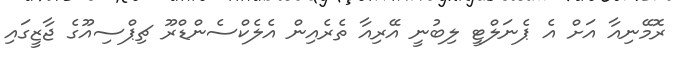
ރޮމޭނިއާ އަށް އެ ޕެނަލްޓީ ލިބުނީ އޭރިއާ ތެރެއިން އެލެކްސެންޑްރޫ ޗިޕްސިއޫގެ ޖާޒީގައި